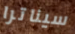
سيناترا